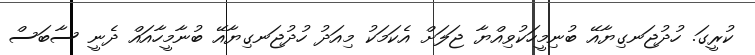
ކުރީގަ. ހުދުޖަނގިޔާއޭ ބުނިމީހަކުވިއްޔާ ޖަލަށް އެކަމަކު މިއަދު ހުދުޖަނގިޔާއޭ ބުނާމީހާއައް ދެނީ ސާބަސް